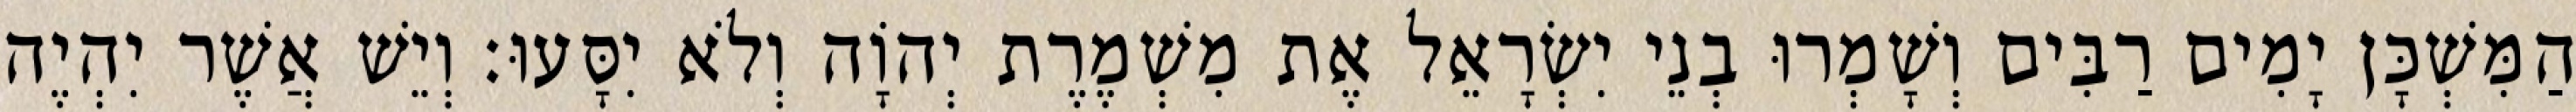
הַמִּשְׁכָּן יָמִים רַבִּים וְשָׁמְרוּ בְנֵי יִשְׂרָאֵל אֶת מִשְׁמֶרֶת יְהוָֹה וְלֹא יִסָּעוּ׃ וְיֵשׁ אֲשֶׁר יִהְיֶה